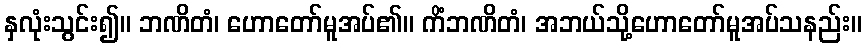
နှလုံးသွင်း၍။ ဘဏိတံ၊ ဟောတော်မူအပ်၏။ ကိံဘဏိတံ၊ အဘယ်သို့ဟောတော်မူအပ်သနည်း။